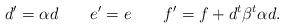
LaTeX: \begin{align*}d^\prime = \alpha d \;\;\;\;\;\;\; e^\prime = e \;\;\;\;\;\;\; f^\prime = f + d^t \beta^t \alpha d.\end{align*}